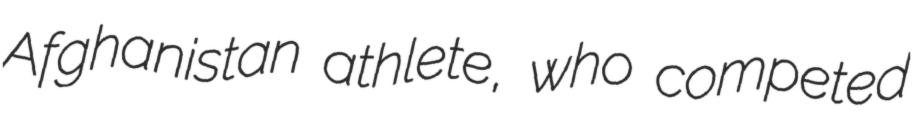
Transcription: Afghanistan athlete, who competed